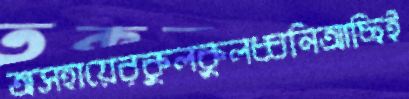
অসহায়েরকুলকুলধ্বনিআছিই